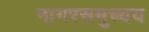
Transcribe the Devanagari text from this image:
नागरसमुच्चय